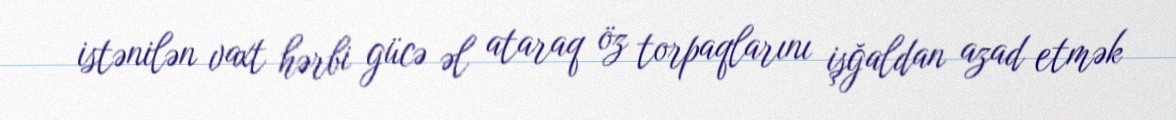
istənilən vaxt hərbi gücə əl ataraq öz torpaqlarını işğaldan azad etmək